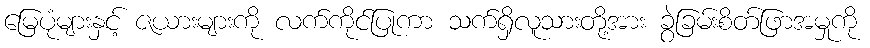
မြေပုံများနှင့် ဇယားများကို လက်ကိုင်ပြုကာ သက်ရှိလူသားတို့အား ခွဲခြမ်းစိတ်ဖြာအမှုကို